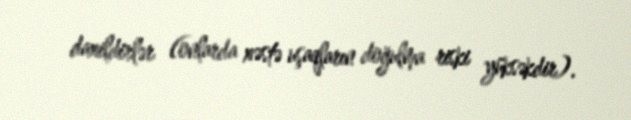
daxildirlər (onlarda xəstə uşaqların doğulma riski yüksəkdir).